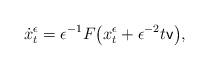
LaTeX: \begin{align*}\dot x^\epsilon_t = \epsilon^{-1}F\big(x^\epsilon_t + \epsilon^{-2}t{\sf v}\big),\end{align*}